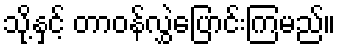
သို့နှင့် တာဝန်လွှဲပြောင်းကြမည်။